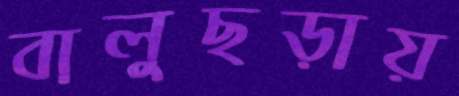
বালুছড়ায়